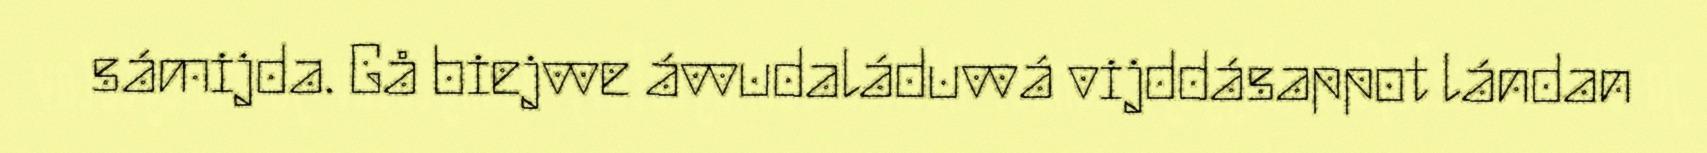
sámijda. Gå biejvve ávvudaláduvvá vijddásappot lándan